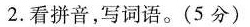
2.看拼音，写词语。(5分)